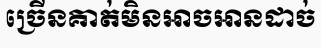
ច្រើនគាត់មិនអាចអានដាច់